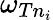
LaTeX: \omega_{Tn_{i}}